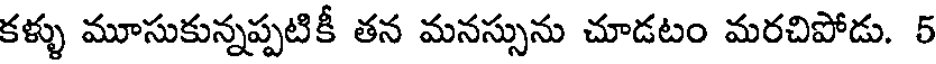
కళ్ళు మూసుకున్నప్పటికీ తన మనస్సును చూడటం మరచిపోడు. 5